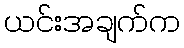
ယင်းအချက်က